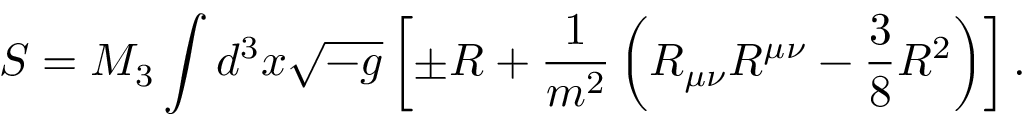
S = M _ { 3 } \int d ^ { 3 } x { \sqrt { - g } } \left[ \pm R + { \frac { 1 } { m ^ { 2 } } } \left( R _ { \mu \nu } R ^ { \mu \nu } - { \frac { 3 } { 8 } } R ^ { 2 } \right) \right] .